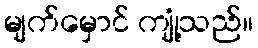
မျက်မှောင် ကျုံ့သည်။